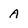
Character: A